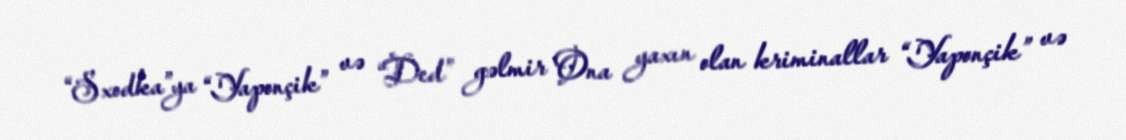
“Sxodka”ya “Yaponçik” və “Ded” gəlmir Ona yaxın olan kriminallar “Yaponçik” və